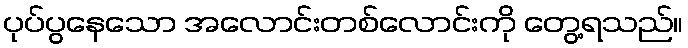
ပုပ်ပွနေသော အလောင်းတစ်လောင်းကို တွေ့ရသည်။